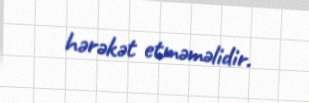
hərəkət etməməlidir.